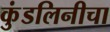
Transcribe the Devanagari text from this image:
कुंडलिनीचा